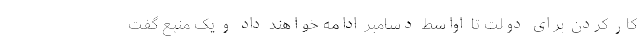
کار کردن برای دولت تا اواسط دسامبر ادامه خواهند داد و یک منبع گفت